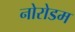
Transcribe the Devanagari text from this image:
नोरोडम